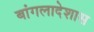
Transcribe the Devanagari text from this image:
बांगलादेशास